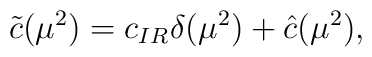
\nonumber\tilde{c}(\mu^2)=c_{IR}\delta(\mu^2)+\hat{c}(\mu^2),